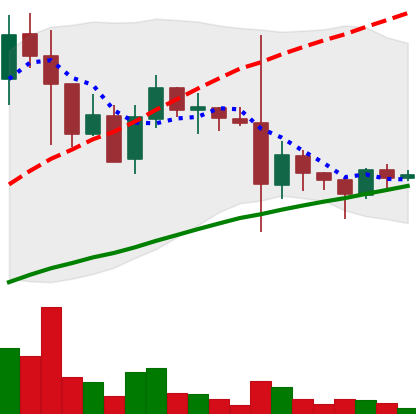
Ticker: DOGE-USD
Chart end date: 2021-05-26
Forward return: -7.883%
Label: down_7plus